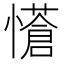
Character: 𭟇